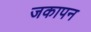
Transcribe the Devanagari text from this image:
जकापन